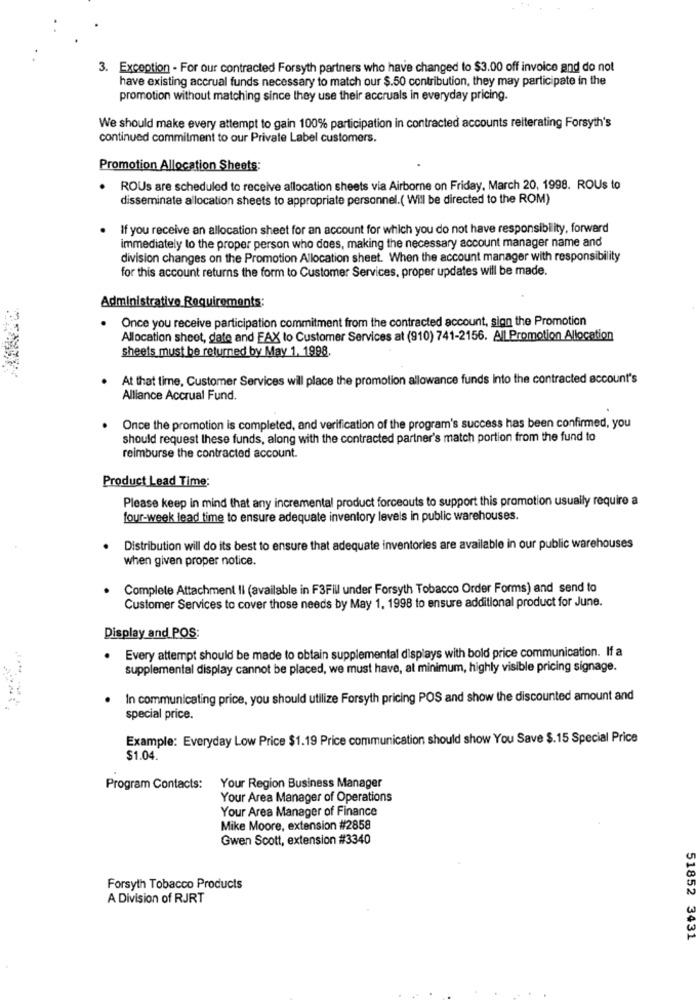
3. Exception - For our contracted Forsyth partners who have changed to $3.00 off invoice and do not
have existing accrual funds necessary to match our $.50 contribution, they may participate in the
promotion without matching since they use their accruals in everyday pricing.
We should make every attempt to gain 100% participation in contracted accounts reiterating Forsyth's
continued commitment to our Private Label customers.
Promotion Allocation Sheets:
ROUs are scheduled to receive allocation sheets via Airborne on Friday, March 20, 1998. ROUs to
disseminate a location sheets to appropriate personnel.( Will be directed to the ROM)
If you receive an allocation sheet for an account for which you do not have responsibility, forward
immediately to the proper person who does, making the necessary account manager name and
division changes on the Promotion Allocation sheet. When the account manager with responsibility
for this account returns the form to Customer Services, proper updates will be made.
Administrative Requirements:
Once you receive participation commitment from the contracted account, sign the Promotion
Allocation sheet, date and FAX to Customer Services at (910) 741-2156. All Promotion Allocation
sheets must be returned by May 1, 1998.
At that time, Customer Services will place the promotion allowance funds into the contracted account's
Alliance Accrual Fund.
Once the promotion is completed, and verification of the program's success has been confirmed, you
should request these funds, along with the contracted partner's match portion from the fund to
reimburse the contracted account.
Product Lead Time:
Please keep in mind that any incremental product forceouts to support this promotion usually require a
four-week lead time to ensure adequate inventory levels in public warehouses.
Distribution will do its best to ensure that adequate inventories are available in our public warehouses
when given proper notice.
Complete Attachment Il (available in F3Fill under Forsyth Tobacco Order Forms) and send to
Customer Services to cover those needs by May 1, 1998 to ensure additional product for June.
Display and POS:
Every attempt should be made to obtain supplemental displays with bold price communication. If a
.
supplemental display cannot be placed, we must have, at minimum, highly visible pricing signage.
In communicating price, you should utilize Forsyth pricing POS and show the discounted amount and
special price.
Example: Everyday Low Price $1.19 Price communication should show You Save $.15 Special Price
$1.04.
Program Contacts:
Your Region Business Manager
Your Area Manager of Operations
Your Area Manager of Finance
Mike Moore, extension #2858
Gwen Scott, extension #3340
Forsyth Tobacco Products
A Division of RJRT
51852 3431